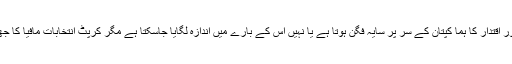
بہرکیف عمران کا نعرہ "دو نہیں ایک پاکستان " پر عوام کا دل آتا ہے اور اقتدار کا ہما کپتان کے سر پر سایہ فگن ہوتا ہے یا نہیں اس کے بارے میں اندازہ لگایا جاسکتا ہے مگر کرپٹ انتخابات مافیا کا جھرلو اس بار بھی پھرتا ہے یا نہیں اس بارے میں کچھ کہا نہیں جاسکتا۔